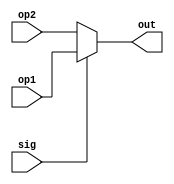
`timescale 1ns / 1ps
//////////////////////////////////////////////////////////////////////////////////
// Company: 
// Engineer: 
// 
// Design Name: 
// Module Name: MUX
// Project Name: 
// Target Devices: 
// Tool Versions: 
// Description: 
// 
// Dependencies: 
// 
// Revision:
// Revision 0.01 - File Created
// Additional Comments:
// 
//////////////////////////////////////////////////////////////////////////////////


module MUX #(parameter SIZE = 5) (
    input [SIZE-1:0] op1,
    input [SIZE-1:0] op2,
    input sig,
    output reg [SIZE-1:0] out
);
    always @(*) begin
        if (sig)
            out = op1;
        else
            out = op2;
    end
endmodule